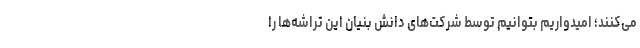
می‌کنند؛ امیدواریم بتوانیم توسط شرکت‌های دانش بنیان این تراشه‌ها را